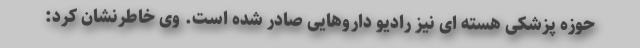
حوزه پزشکی هسته ای نیز رادیو داروهایی صادر شده است. وی خاطرنشان کرد: